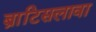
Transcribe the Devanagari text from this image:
ब्राटिसलावा